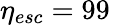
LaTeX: \eta_{esc}=99\